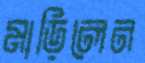
মাড়িলেন